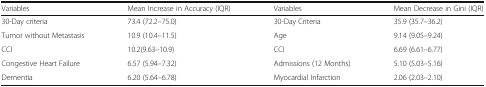
| Variables | Mean Increase in Accuracy (IQR) | Variables | Mean Decrease in Gini (IQR) |
 | --- | --- | --- | --- |
 | 30-Day criteria | 73.4 (72.2–75.0) | 30-Day Criteria | 35.9 (35.7–36.2) |
 | Tumor without Metastasis | 10.9 (10.4–11.5) | Age | 9.14 (9.05–9.24) |
 | CCI | 10.2(9.63–10.9) | CCI | 6.69 (6.61–6.77) |
 | Congestive Heart Failure | 6.57 (5.94–7.32) | Admissions (12 Months) | 5.10 (5.03–5.16) |
 | Dementia | 6.20 (5.64–6.78) | Myocardial Infarction | 2.06 (2.03–2.10) |